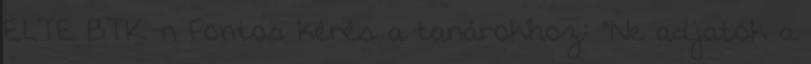
ELTE BTK-n Fontos kérés a tanárokhoz: "Ne adjatok a